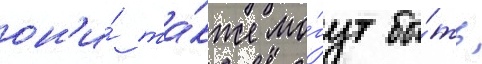
он'и́ та́кже мо́гут бы́ть